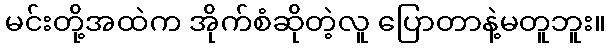
မင်းတို့အထဲက အိုက်စံဆိုတဲ့လူ ပြောတာနဲ့မတူဘူး။